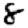
Digit: 8